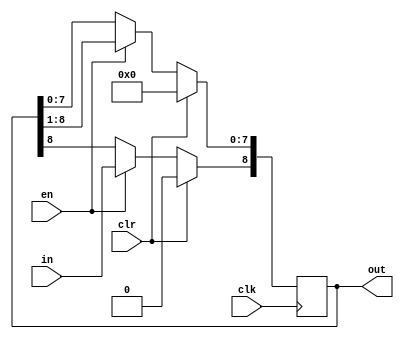
module right_shiftreg(in, out, clk, en, clr); 
	parameter DEPTH = 9; //for I2C with ACK/NAK as final bit


	//data signals
	input in;
	output reg [DEPTH-1:0] out;


	//control signals
	input clk, en, clr;


	//initial as cleared
	initial begin
		out = 0;
	end


	//control block
	always @(posedge clk) begin
		if(clr == 1'b1) begin
			out <= 0;
		end 
		else if(en == 1'b1) begin
			out <= (out >> 1);
			out[DEPTH-1] <= in;
		end
	end
endmodule